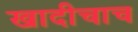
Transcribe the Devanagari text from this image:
खादीचाच